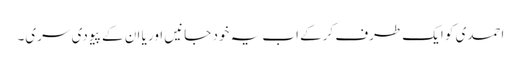
احمدی کو ایک طرف کرکے اب یہ خود جانیں اور یا ان کے پیو دی سری۔